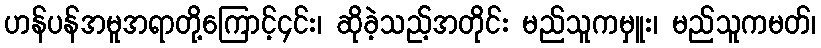
ဟန်ပန်အမူအရာတို့ကြောင့်၄င်း၊ ဆိုခဲ့သည့်အတိုင်း မည်သူကမှူး၊ မည်သူကမတ်၊